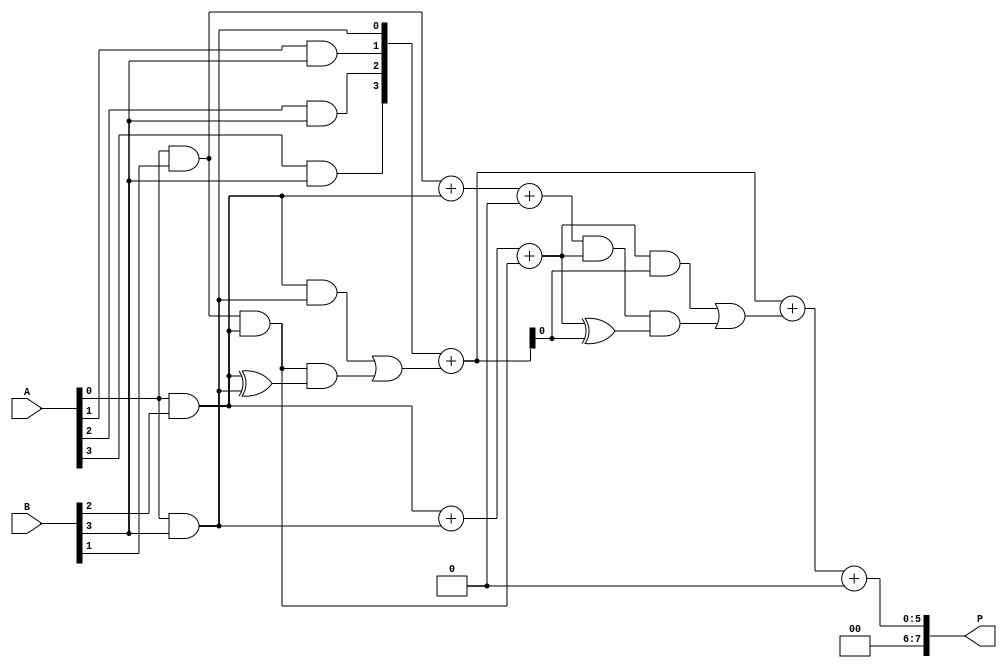
module wallace_tree_multiplier #(parameter N = 4) (
    input [N-1:0] A,
    input [N-1:0] B,
    output reg [2*N-1:0] P
);

// Generate partial products
wire [N-1:0] partial_products[N-1:0];

genvar i, j;
generate
    for (i = 0; i < N; i = i + 1) begin : pp_gen
        for (j = 0; j < N; j = j + 1) begin : pp_and
            assign partial_products[i][j] = A[j] & B[i]; // AND operation
        end
    end
endgenerate

// Wallace Tree Reduction
wire [N:0] sum1[N-1:0];
wire [N:0] sum2[N-1:0];
wire [N-1:0] carry1[N-1:0];
wire [N-1:0] carry2[N-1:0];

// First stage of reduction using half adders and full adders
generate
    for (i = 0; i < N; i = i + 1) begin : stage1
        if (i == 0) begin
            assign sum1[i] = {1'b0, partial_products[i]} + {1'b0, partial_products[i+1]};
            assign carry1[i] = 0;
        end else if (i < N-1) begin
            assign sum1[i] = {1'b0, partial_products[i]} + {1'b0, partial_products[i+1]} + carry1[i-1];
            assign carry1[i] = (partial_products[i][0] & partial_products[i+1][0]) | (carry1[i-1] & (partial_products[i][0] ^ partial_products[i+1][0]));
        end else begin
            assign sum1[i] = {1'b0, partial_products[i]} + carry1[i-1];
            assign carry1[i] = 0;
        end
    end
endgenerate

// Second stage of reduction
generate
    for (i = 0; i < N; i = i + 1) begin : stage2
        if (i == 0) begin
            assign sum2[i] = sum1[i] + sum1[i+1];
            assign carry2[i] = 0;
        end else if (i < N-1) begin
            assign sum2[i] = sum1[i] + sum1[i+1] + carry2[i-1];
            assign carry2[i] = (sum1[i][0] & sum1[i+1][0]) | (carry2[i-1] & (sum1[i][0] ^ sum1[i+1][0]));
        end else begin
            assign sum2[i] = sum1[i] + carry2[i-1];
            assign carry2[i] = 0;
        end
    end
endgenerate

// Final addition
always @(*) begin
    P = sum2[N-1] + carry2[N-1]; // Final product
end

endmodule